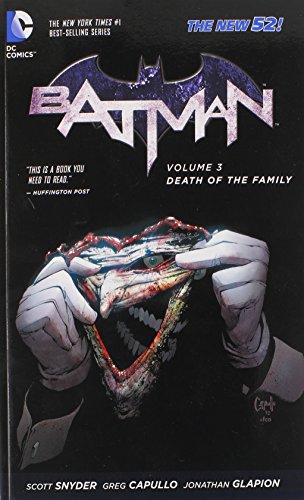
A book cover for Batman Vol. 3: Death of the Family (The New 52); Scott Snyder; Comics & Graphic Novels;